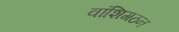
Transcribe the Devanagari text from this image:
वांशिगठन